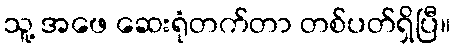
သူ့ အဖေ ဆေးရုံတက်တာ တစ်ပတ်ရှိပြီ။